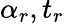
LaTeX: \alpha_{r},t_{r}